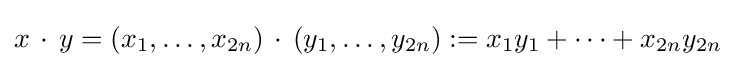
x\,\cdot \,y=\left(x_{1},\ldots ,x_{2n}\right)\,\cdot \,\left(y_{1},\ldots ,y_{2n}\right):=x_{1}y_{1}+\cdots +x_{2n}y_{2n}